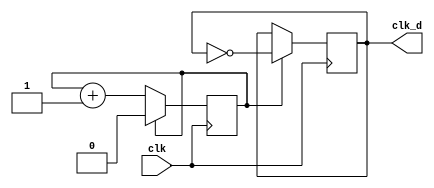
//// Code your design here
//module clk_div (clk, clk_d); 
//parameter div_value = 1;
//input clk;
//output clk_d;
//    reg clk_d;
//    reg count;
//        initial
//            begin
//            clk_d = 0;
//            count = 0;
//        end
//        always @(posedge clk)
//            begin
//                if (count == div_value)
//                    count <= 0;
//                else
//                    count <= count + 1;
//            end
            
//        always @(posedge clk)
//            begin
//                if (count == div_value) 
//                    clk_d <= ~clk_d;
//            end
//endmodule

`timescale 1ns / 1ps
module clk_div(clk,clk_d);
parameter div_value = 1;
input clk;
output clk_d;
 reg clk_d;
 reg count;
 initial
 begin
 clk_d =0;
 count =0;
 end
 
 always @(posedge clk)
 begin 
 if (count == div_value)
    count <= 0;
 else
    count <= count + 1;
 end
 
 always @ (posedge clk)
 begin
 if (count == div_value)
    clk_d <= ~clk_d;
 end
endmodule